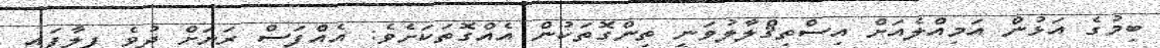
ބިމުގެ އަޅުން އަމިއްލެއަށް އިސްތިޤްލާލުވަނީ ތިންގޮތަކުން އެއްގޮތަކަށެވެ: އެއްފަސް ރަށަށް ދުވެ ފިލާފައި